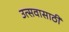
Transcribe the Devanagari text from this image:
उत्सवासाठीं